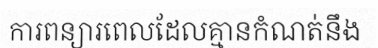
ការពន្យារពេលដែលគ្មានកំណត់នឹង